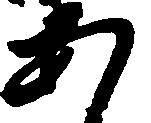
あ